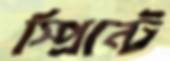
স্প্রিন্টে